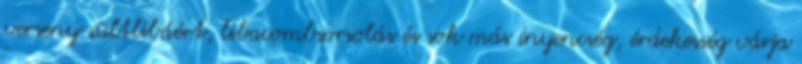
verseny sültlibáért, libacombsorsolás és sok más ínyencség, érdekesség várja